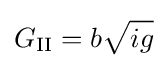
G_{\text{II}}=b{\sqrt {ig}}